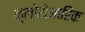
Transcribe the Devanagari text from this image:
क्लोरोआरिक